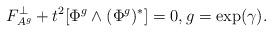
LaTeX: \begin{align*}F_{A^g}^\perp+t^2[\Phi^g\wedge(\Phi^g)^*] = 0, g = \exp(\gamma).\end{align*}